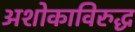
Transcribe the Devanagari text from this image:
अशोकाविरुद्ध